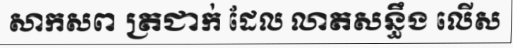
សាកសព ត្រជាក់ ដែល លាតសន្ធឹង លើស